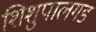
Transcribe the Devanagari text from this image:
शिशुपालगड